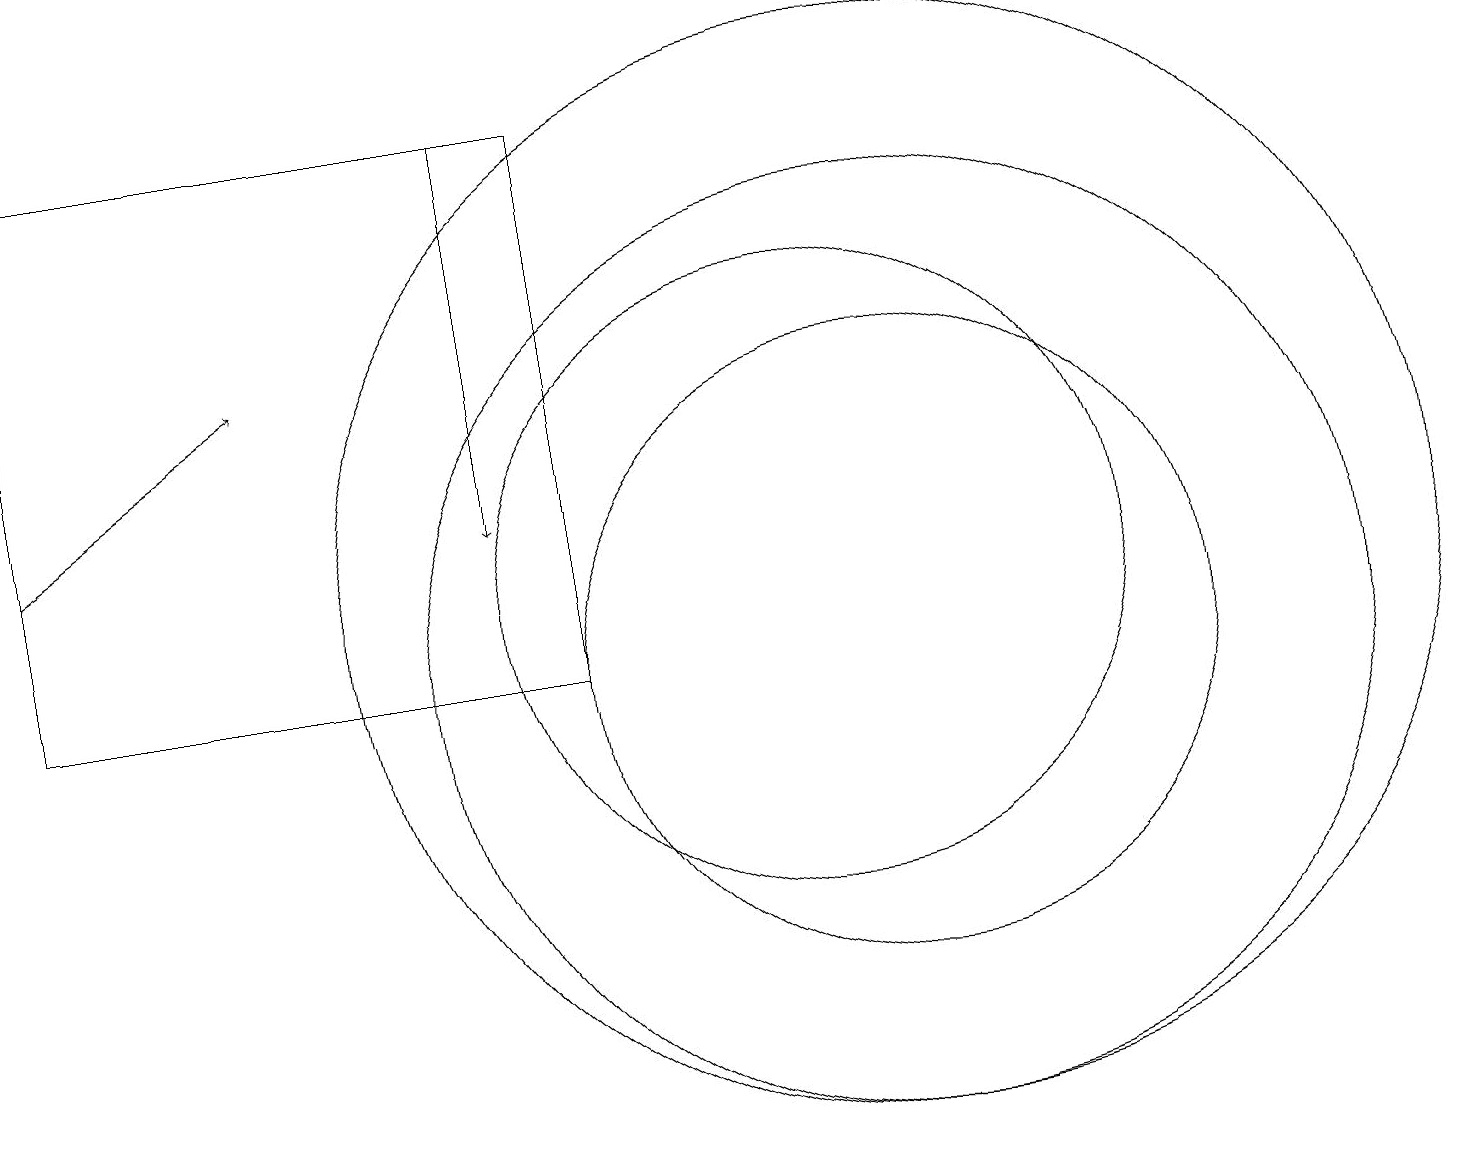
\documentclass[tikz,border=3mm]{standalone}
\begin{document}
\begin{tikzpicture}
\draw[->] (0,12) -- (3,14);
\draw (10,11) circle (4);
\draw[->] (6,17) -- (6,12);
\draw (11,10) circle (6);
\draw (11,11) circle (7);
\draw (0,10) rectangle (7,17);
\draw (11,10) circle (4);
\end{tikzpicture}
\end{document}